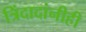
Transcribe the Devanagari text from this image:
त्रिंदादांनीही